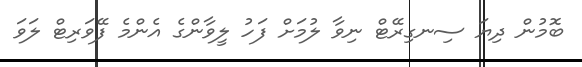
ބޮމުން ދިޔަ ސިނގިރޭޓް ނިވާ ލުމަށް ފަހު ލީވާންގެ އެންމެ ފޭވަރިޓް ލަވަ